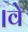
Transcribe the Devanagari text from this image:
।वे